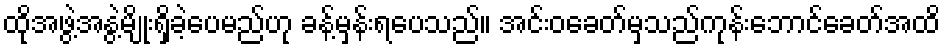
ထိုအဖွဲ့အနွဲ့မျိုးရှိခဲ့ပေမည်ဟု ခန့်မှန်းရပေသည်။ အင်းဝခေတ်မှသည်ကုန်းဘောင်ခေတ်အထိ